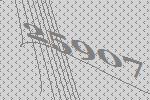
25907